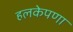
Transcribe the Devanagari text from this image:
हलकेपणा